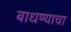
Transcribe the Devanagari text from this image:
बाधण्याचा